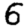
Digit: 6